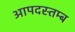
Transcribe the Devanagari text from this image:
आपदस्तम्ब